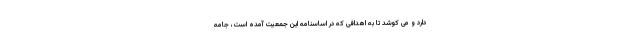
دارد و می کوشد تا به اهدافی که در اساسنامه این جمعیت آمده است، جامه